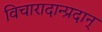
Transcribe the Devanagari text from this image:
विचारादान्प्रदान्